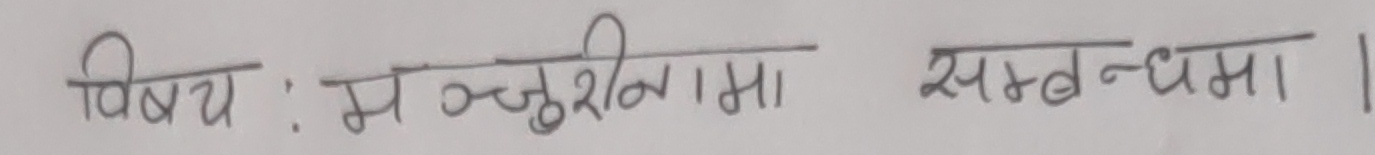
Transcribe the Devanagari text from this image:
विषय : मञ्जुश्रीनामा सम्बन्धमा ।